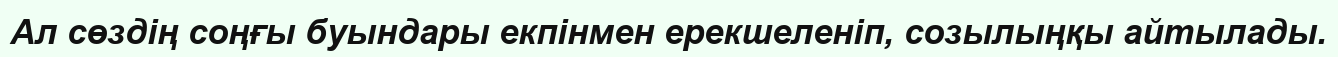
Ал сөздің соңғы буындары екпінмен ерекшеленіп, созылыңқы айтылады.